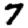
Digit: 7